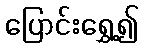
ပြောင်းရွှေ့၍